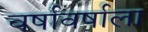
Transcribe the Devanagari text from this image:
वर्षावर्षाला